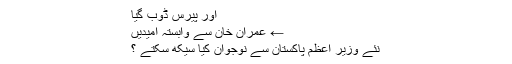
اور پیرس ڈوب گیا
← عمران خان سے وابستہ امیدیں
نئے وزیر اعظم پاکستان سے نوجوان کیا سیکھ سکتے ؟